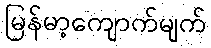
မြန်မာ့ကျောက်မျက်